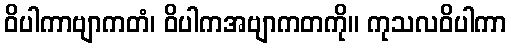
ဝိပါကာဗျာကတံ၊ ဝိပါကအဗျာကတကို။ ကုသလဝိပါကာ